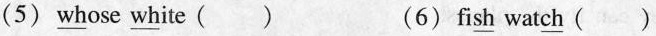
(5) \underline{wh}ose \underline{wh}ite ( ) (6)fi\underline{sh} wat\underline{ch} ( )